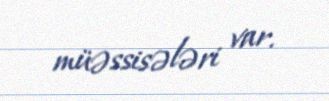
müəssisələri var.